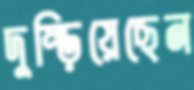
দুম্‌ড়িয়েছেন